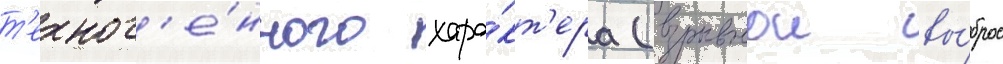
т'ехног'е́нного хара́кт'ера (взрывнои вы́брос